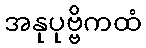
အနုပုဗ္ဗိကထံ